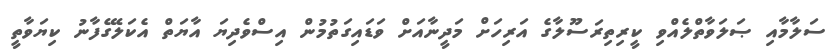
ސަލާމާއި ޞަލަވާތްލެއްވި ކީރިތިރަސޫލާގެ އަރިހަށް މަދީނާއަށް ވަޑައިގަތުމުން އިސްވެދިޔަ އާޔަތް އެކަލޭގެފާނު ކިޔަވާތީ